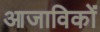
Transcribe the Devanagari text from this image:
आजाविकों